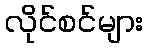
လိုင်စင်များ